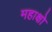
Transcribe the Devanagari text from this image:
महाक्षो